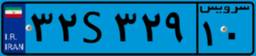
۰۵S۴۰۴۵۹